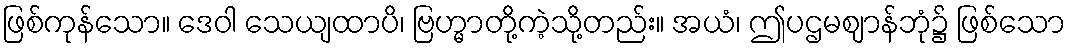
ဖြစ်ကုန်သော။ ဒေဝါ သေယျထာပိ၊ ဗြဟ္မာတို့ကဲ့သို့တည်း။ အယံ၊ ဤပဌမဈာန်ဘုံ၌ ဖြစ်သော